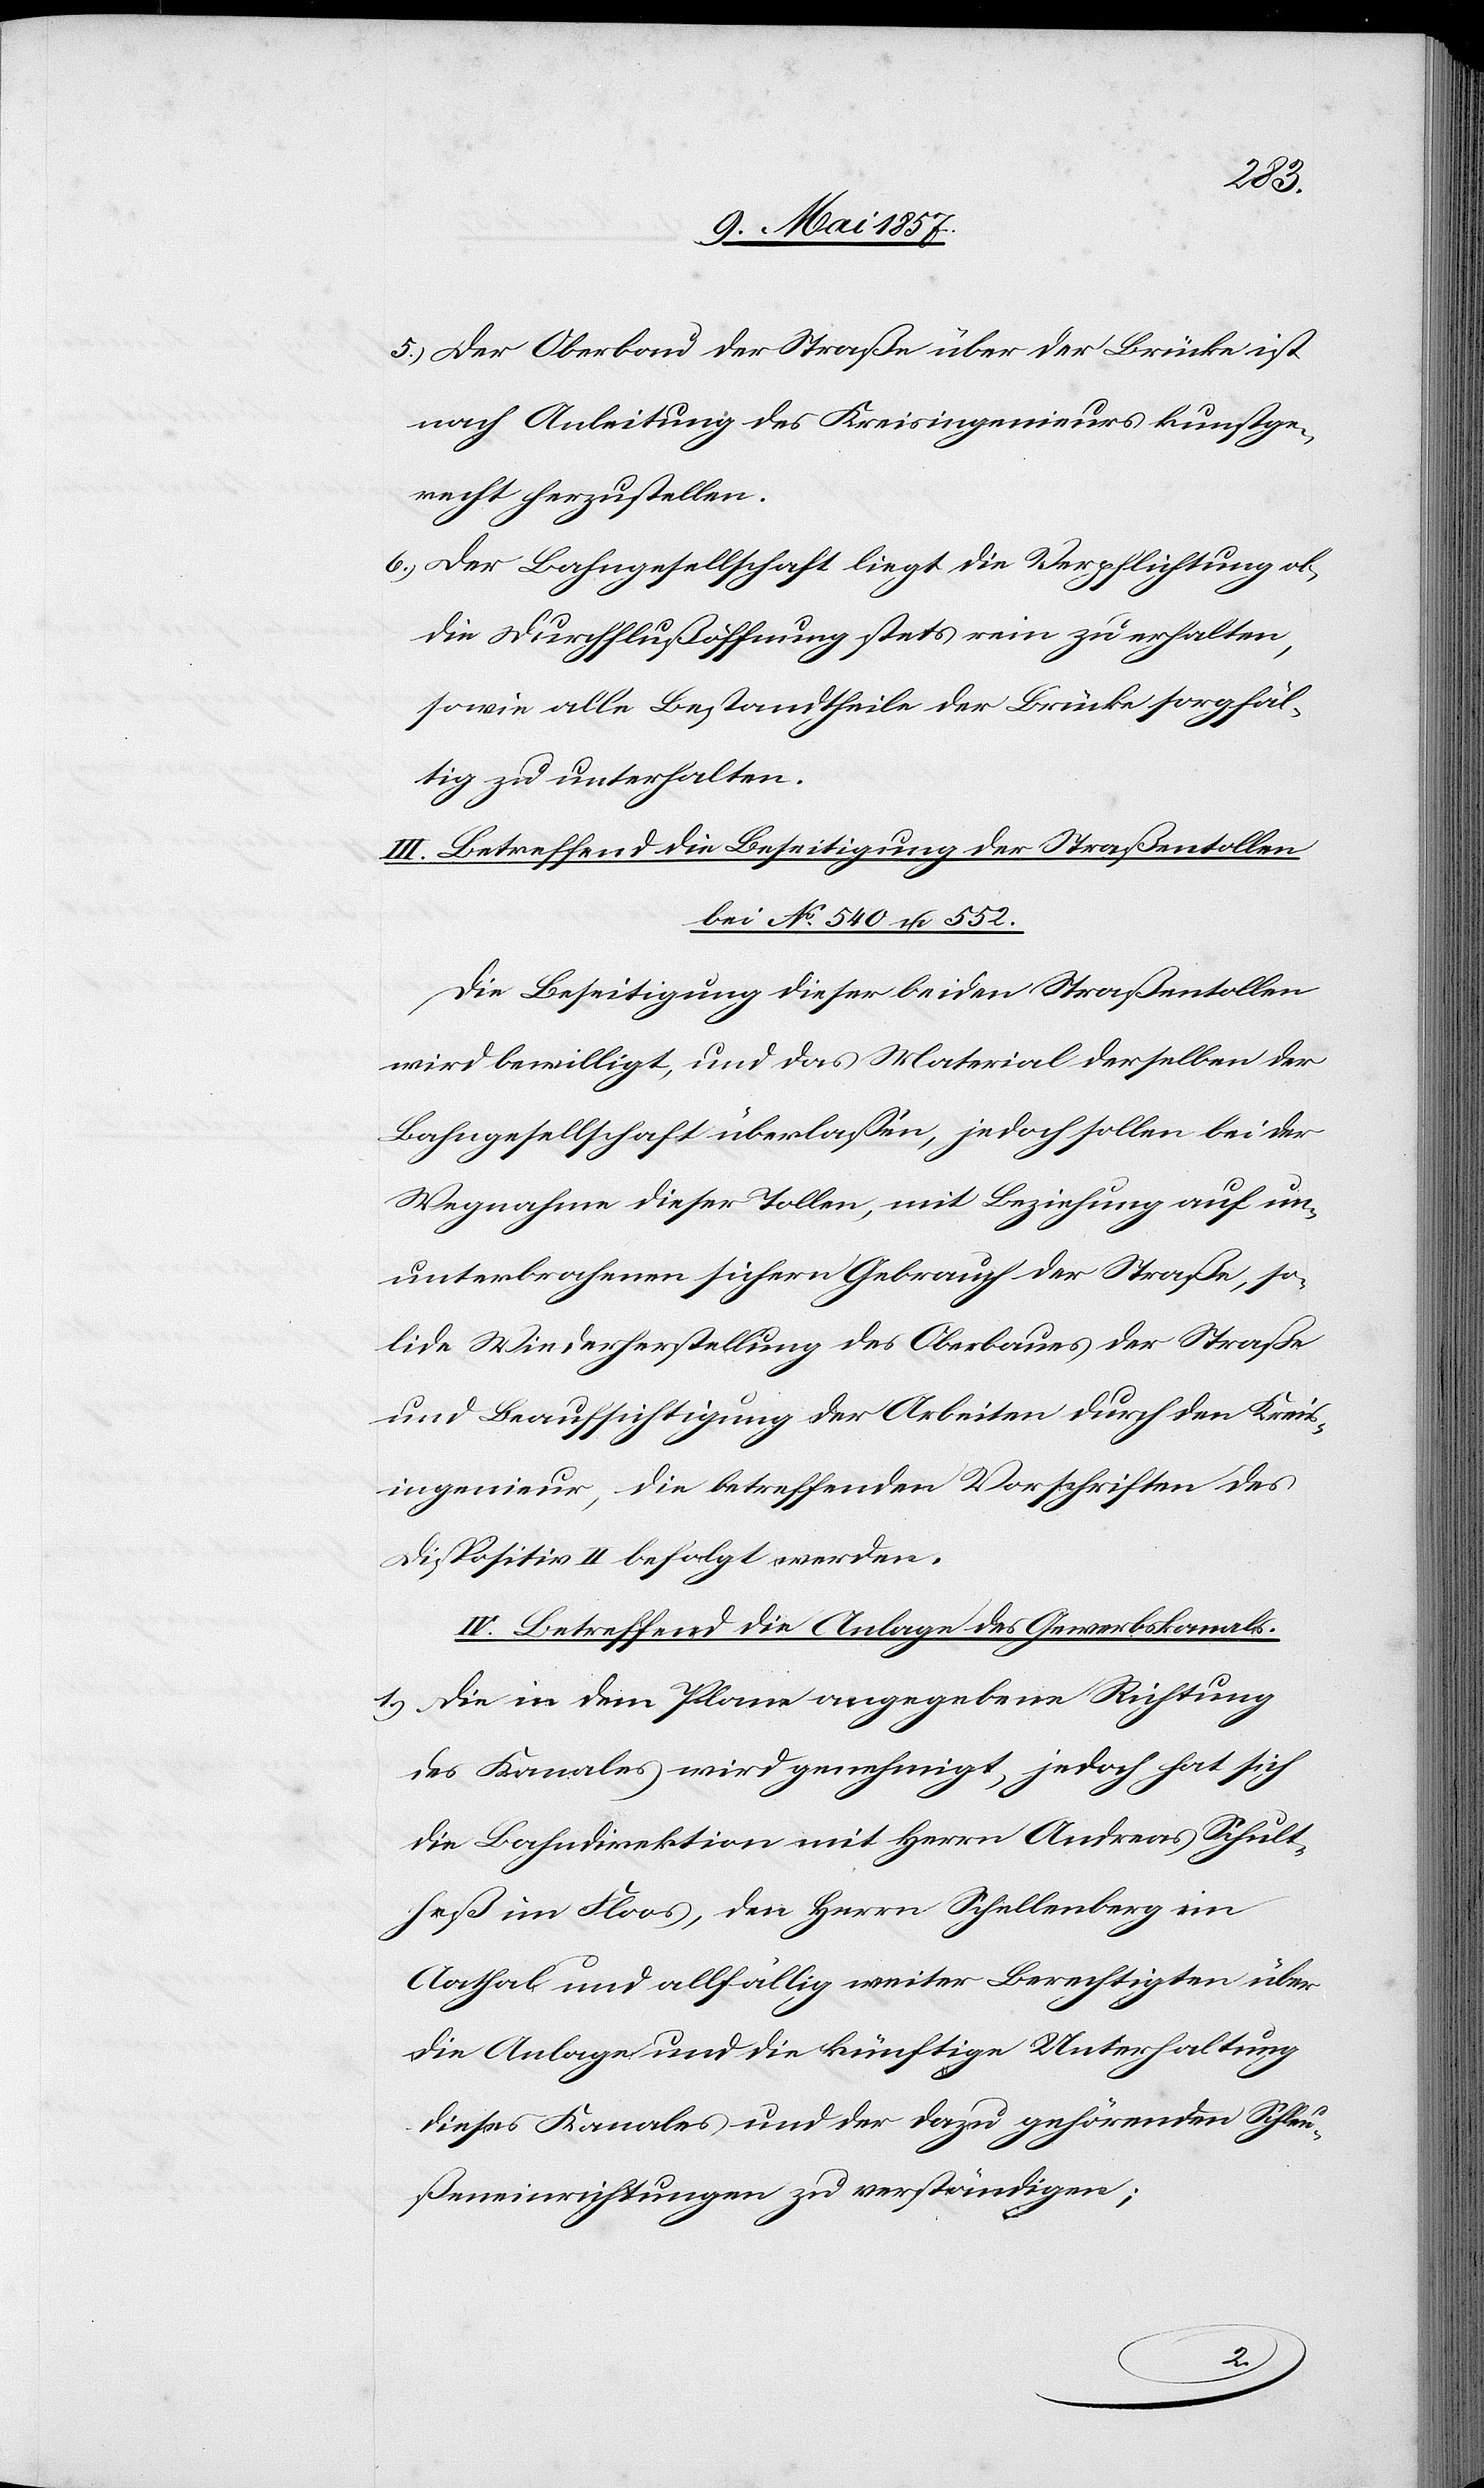
5.) Der Oberbau der Straße über der Brücke ist
nach Anleitung des Kreisingenieurs kunstge¬
recht herzustellen.
6.) Der Bahngesellschaft liegt die Verpflichtung ob,
die Durchflußöffnung stets rein zu erhalten,
sowie alle Bestandtheile der Brücke sorgfäl¬
tig zu unterhalten.
III. Betreffend die Beseitigung der Straßentollen
bei No 540 u. 552.
Die Beseitigung dieser beiden Straßentollen
wird bewilligt, und das Material derselben der
Bahngesellschaft überlassen, jedoch sollen bei der
Wegnahme dieser Tollen, mit Beziehung auf un¬
unterbrochenen sichern Gebrauch der Straße, so¬
lide Wiederherstellung des Oberbaues der Straße
und Beaufsichtigung der Arbeiten durch den Kreis¬
ingenieur, die betreffenden Vorschriften des
Dispositiv II befolgt werden.
IV. Betreffend die Anlage des Gewerbskanals.
1.) Die in dem Plane angegebene Richtung
des Kanales wird genehmigt, jedoch hat sich
die Bahndirektion mit Herrn Andreas Schult¬
heß im Floos, den Herrn Schellenberg im
Aathal und allfällig weiter Berechtigten über
die Anlage und die künftige Unterhaltung
dieses Kanales und der dazu gehörenden Schleu¬
ßeneinrichtungen zu verständigen;